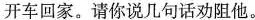
开车回家。请你说几句话劝阻他。